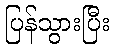
ပြန်သွားပြီး